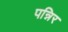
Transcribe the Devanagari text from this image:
पन्निर